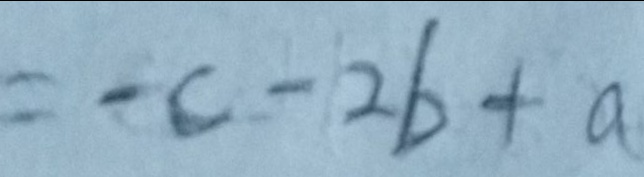
\therefore c - 2 b + a